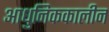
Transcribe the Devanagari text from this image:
आधुनिककालीन